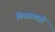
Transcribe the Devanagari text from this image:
मिश्रप्रवाही